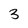
Character: 3